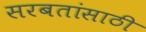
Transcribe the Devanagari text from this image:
सरबतांसाठी